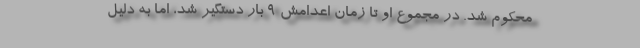
محكوم شد. در مجموع او تا زمان اعدامش 9 بار دستگیر شد، اما به دلیل